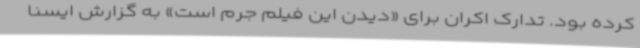
کرده بود. تدارک اکران برای «دیدن این فیلم جرم است» به گزارش ایسنا